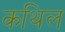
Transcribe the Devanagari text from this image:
कथिल